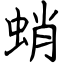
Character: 蛸